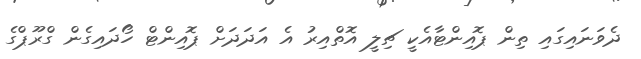
ދެވަނައިގައި ތިން ޕޮއިންޓާއެކީ ޗިލީ އޮތްއިރު އެ އަދަދަށް ޕޮއިންޓް ހޯދައިގެން ގްރޫޕްގެ